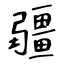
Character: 疆